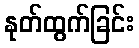
နုတ်ထွက်ခြင်း